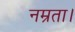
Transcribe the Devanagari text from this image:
नम्रता।